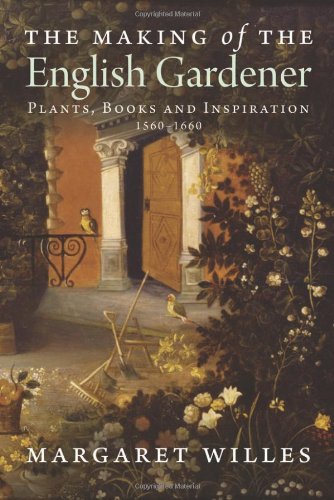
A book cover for The Making of the English Gardener: Plants, Books and Inspiration, 1560-1660; Margaret Willes; Crafts, Hobbies & Home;